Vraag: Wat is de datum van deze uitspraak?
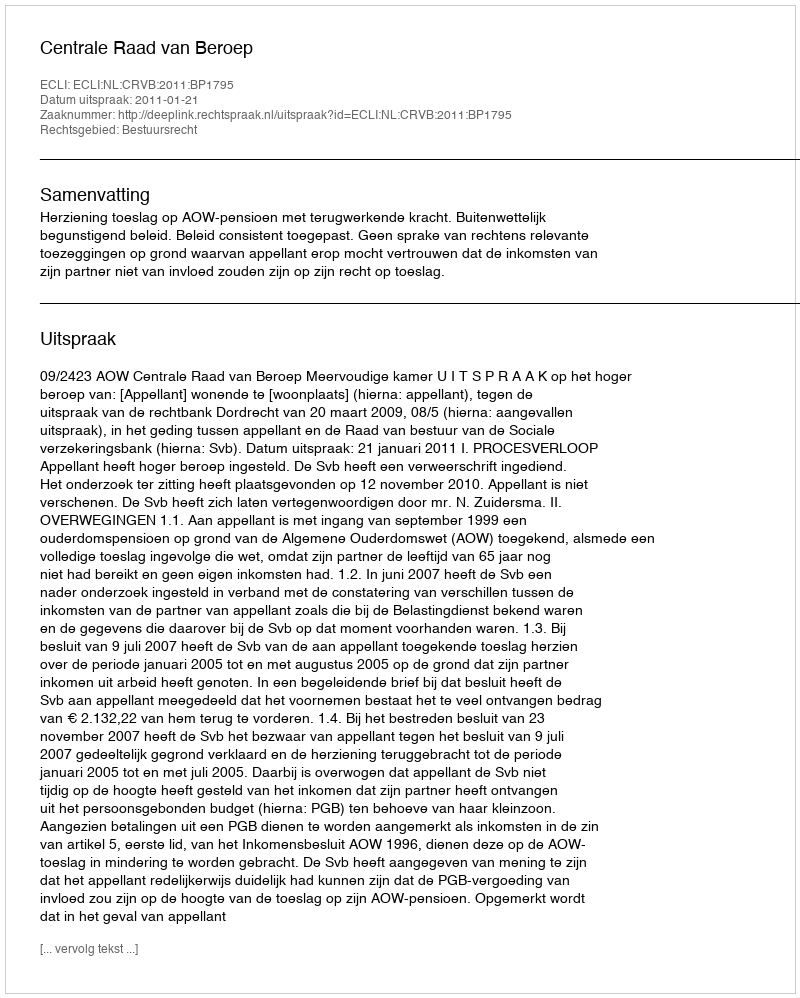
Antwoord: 2011-01-21